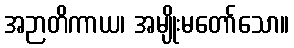
အဉာတိကာယ၊ အမျိုးမတော်သော။